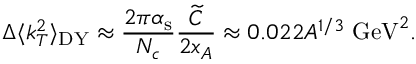
\Delta \langle k _ { T } ^ { 2 } \rangle _ { \mathrm { D Y } } \approx \frac { 2 \pi \alpha _ { \mathrm { s } } } { N _ { c } } \frac { \widetilde { C } } { 2 x _ { A } } \approx 0 . 0 2 2 A ^ { 1 / 3 } \; \mathrm { G e V } ^ { 2 } .